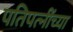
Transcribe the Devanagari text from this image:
पतिपत्‍नींच्या